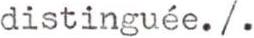
distinguée./.